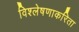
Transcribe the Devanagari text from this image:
विश्लेषणाकरिता